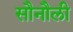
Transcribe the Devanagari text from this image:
सौनौली